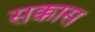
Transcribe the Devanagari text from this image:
सक्कास